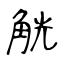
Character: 觥